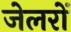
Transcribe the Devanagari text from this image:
जेलरों